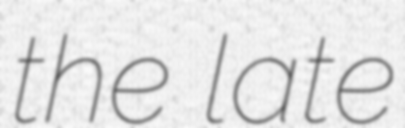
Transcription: the late